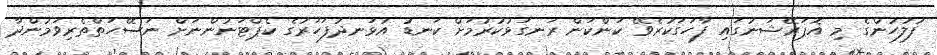
ފުލުހުންގެ މި އޮޕަރޭޝަނުގައި ފާހަގަކުރެވޭ ކަންކަން ރަނގަޅުކުރުމަށް ކަނޑު އުޅަނދުފަހަރުގެ ކެޕްޓަނުންނަށް ނަސޭހަތްތެރިވަމުންދާ